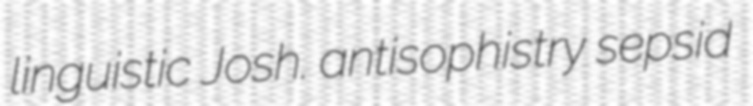
linguistic Josh. antisophistry sepsid